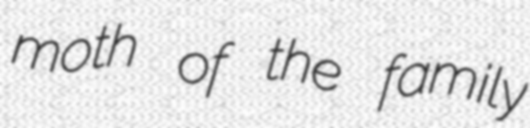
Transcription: moth of the family